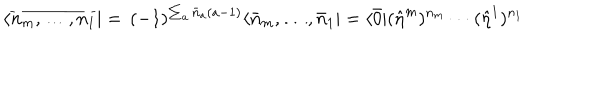
LaTeX: \langle \overline { { { n _ { m } , \ldots , n _ { 1 } } } } | = \, ( - 1 ) ^ { \sum _ { a } \bar { n } _ { a } ( a - 1 ) } \langle \bar { n } _ { m } , \ldots , \bar { n } _ { 1 } | = \langle \bar { 0 } | ( \hat { \eta } ^ { m } ) ^ { n _ { m } } \cdots ( \hat { \eta } ^ { 1 } ) ^ { n _ { 1 } }